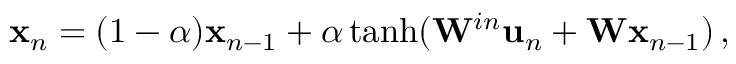
\begin{array} { r } { { \bf x } _ { n } = ( 1 - \alpha ) { \bf x } _ { n - 1 } + \alpha \operatorname { t a n h } ( { \bf W } ^ { i n } { \bf u } _ { n } + { \bf W } { \bf x } _ { n - 1 } ) \, , } \end{array}